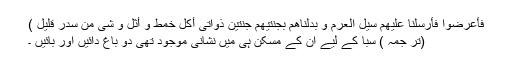
فَأَعْرَضُوا فَأَرْسَلْنَا عَلَیْھمْ سَیْلَ الْعَرِمِ وَ بَدَّلْنَاھم بِجَنَّتَیْھمْ جَنَّتَیْنِ ذَوَاتَی أُکُلٍ خَمْطٍ وَ أَثْلٍ وَ شَیْ مِّن سِدْرٍ قَلِیْلٍ )
(تر جمہ ) سبا کے لیے ان کے مسکن ہی میں نشانی موجود تھی دو باغ دائیں اور بائیں ۔